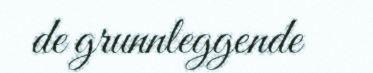
de grunnleggende